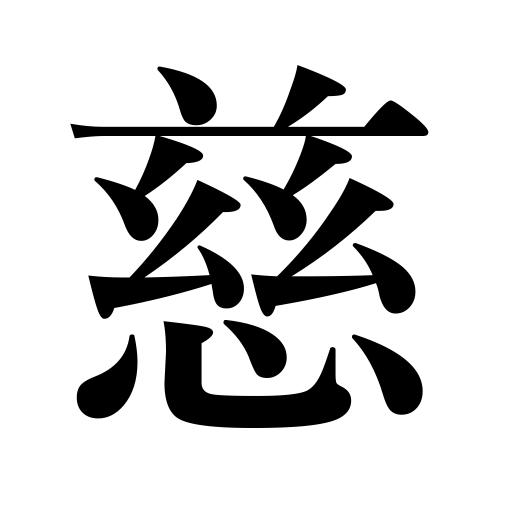
Meanings: pity,be affectionate to,love